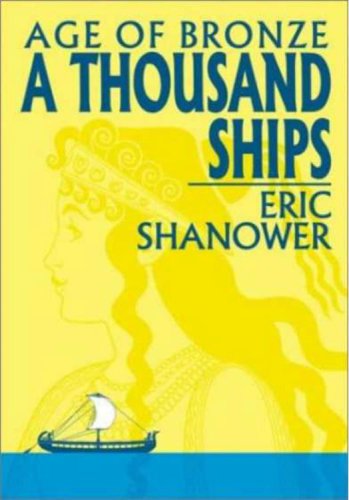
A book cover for Age of Bronze, Vol. 1: A Thousand Ships; Eric Shanower; Teen & Young Adult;